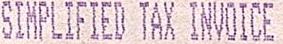
SIMPLIFIED TAX INVOICE